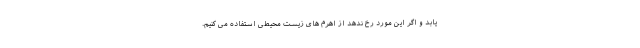
یابد و اگر این مورد رخ ندهد از اهرم های زیست محیطی استفاده می کنیم.